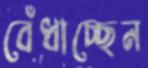
বেঁধাচ্ছেন